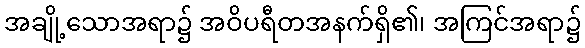
အချို့သောအရာ၌ အဝိပရီတအနက်ရှိ၏၊ အကြင်အရာ၌